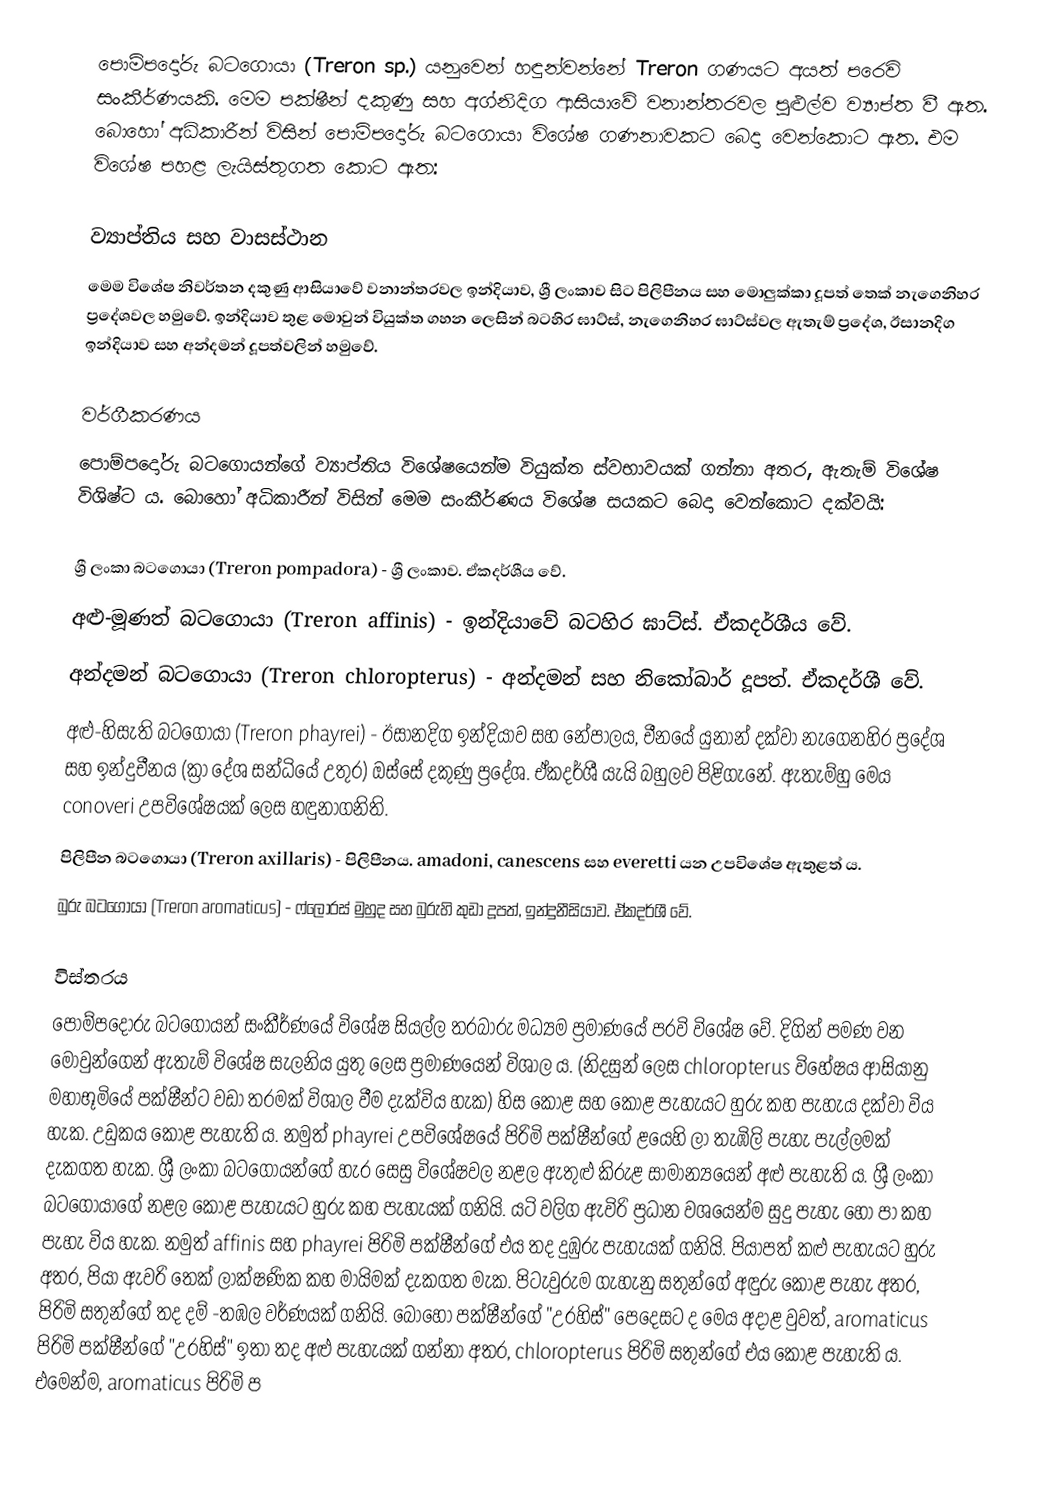
පොම්පදෝරු බටගොයා (Treron sp.) යනුවෙන් හඳුන්වන්නේ Treron ගණයට අයත් පරෙවි සංකීර්ණයකි. මෙම පක්ෂීන් දකුණු සහ අග්නිදිග ආසියාවේ වනාන්තරවල පුළුල්ව ව්‍යාප්ත වී ඇත. බොහෝ අධිකාරීන් විසින් පොම්පදෝරු බටගොයා විශේෂ ගණනාවකට බෙදා වෙන්කොට ඇත. එම විශේෂ පහළ ලැයිස්තුගත කොට ඇත:

ව්‍යාප්තිය සහ වාසස්ථාන
මෙම විශේෂ නිවර්තන දකුණු ආසියාවේ වනාන්තරවල ඉන්දියාව, ශ්‍රී ලංකාව සිට පිලිපීනය සහ මොලුක්කා දූපත් තෙක් නැගෙනිහර ප්‍රදේශවල හමුවේ. ඉන්දියාව තුළ මොවුන් වියුක්ත ගහන ලෙසින් බටහිර ඝාට්ස්, නැගෙනිහර ඝාට්ස්වල ඇතැම් ප්‍රදේශ, ඊසානදිග ඉන්දියාව සහ අන්දමන් දූපත්වලින් හමුවේ.

වර්ගීකරණය
පොම්පදෝරු බටගොයන්ගේ ව්‍යාප්තිය විශේෂයෙන්ම වියුක්ත ස්වභාවයක් ගන්නා අතර, ඇතැම් විශේෂ විශිෂ්ට ය. බොහෝ අධිකාරීන් විසින් මෙම සංකීර්ණය විශේෂ සයකට බෙදා වෙන්කොට දක්වයි:

 ශ්‍රී ලංකා බටගොයා (Treron pompadora) - ශ්‍රී ලංකාව. ඒකදර්ශීය වේ.
 අළු-මූණත් බටගොයා (Treron affinis) - ඉන්දියාවේ බටහිර ඝාට්ස්. ඒකදර්ශීය වේ.
 අන්දමන් බටගොයා (Treron chloropterus) - අන්දමන් සහ නිකෝබාර් දූපත්. ඒකදර්ශී වේ.
 අළු-හිසැති බටගොයා (Treron phayrei) - ඊසානදිග ඉන්දියාව සහ නේපාලය, චීනයේ යුනාන් දක්වා නැගෙනහිර ප්‍රදේශ සහ ඉන්දුචීනය (ක්‍රා දේශ සන්ධියේ උතුර) ඔස්සේ දකුණු ප්‍රදේශ. ඒකදර්ශී යැයි බහුලව පිළිගැනේ. ඇතැම්හු මෙය conoveri උපවිශේෂයක් ලෙස හඳුනාගනිති.
 පිලිපීන බටගොයා (Treron axillaris) - පිලිපීනය. amadoni, canescens සහ everetti යන උපවිශේෂ ඇතුළත් ය.
 බුරු බටගොයා (Treron aromaticus)  - ෆ්ලෝරස් මුහුද සහ බුරුහි කුඩා දූපත්, ඉන්දුනීසියාව. ඒකදර්ශී වේ.

විස්තරය
පොම්පදෝරු බටගොයන් සංකීර්ණයේ විශේෂ සියල්ල තරබාරු මධ්‍යම ප්‍රමාණයේ පරවි විශේෂ වේ. දිගින්  පමණ වන මොවුන්ගෙන් ඇතැම් විශේෂ සැලනිය යුතු ලෙස ප්‍රමාණයෙන් විශාල ය. (නිදසුන් ලෙස chloropterus විහේෂය ආසියානු මහාභූමියේ පක්ෂීන්ට වඩා තරමක් විශාල වීම දැක්විය හැක) හිස කොළ සහ කොළ පැහැයට හුරු කහ පැහැය දක්වා විය හැක. උඩුකය කොළ පැහැති ය. නමුත් phayrei උපවිශේෂයේ පිරිමි පක්ෂීන්ගේ ළයෙහි ලා තැඹිලි පැහැ පැල්ලමක් දැකගත හැක. ශ්‍රී ලංකා බටගොයන්ගේ හැර සෙසු විශේෂවල නළල ඇතුළු කිරුළ සාමාන්‍යයෙන් අළු පැහැති ය. ශ්‍රී ලංකා බටගොයාගේ නළල කොළ පැහැයට හුරු කහ පැහැයක් ගනියි. යටි වලිග ඇවිරි ප්‍රධාන වශයෙන්ම සුදු පැහැ හෝ පා කහ පැහැ විය හැක. නමුත් affinis සහ phayrei පිරිමි පක්ෂීන්ගේ එය තද දුඹුරු පැහැයක් ගනියි. පියාපත් කළු පැහැයට හුරු අතර, පියා ඇවරි තෙක් ලාක්ෂණික කහ මායිමක් දැකගත මැක. පිටැවුරුම ගැහැනු සතුන්ගේ අඳුරු කොළ පැහැ අතර, පිරිමි සතුන්ගේ තද දම් -තඹල වර්ණයක් ගනියි. බොහෝ පක්ෂීන්ගේ "උරහිස්" පෙදෙසට ද මෙය අදාළ වුවත්, aromaticus පිරිමි පක්ෂීන්ගේ "උරහිස්" ඉතා තද අළු පැහැයක් ගන්නා අතර, chloropterus පිරිමි සතුන්ගේ එය කොළ පැහැති ය. එමෙන්ම, aromaticus පිරිමි ප